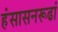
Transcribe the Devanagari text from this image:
हंसासनरूढां